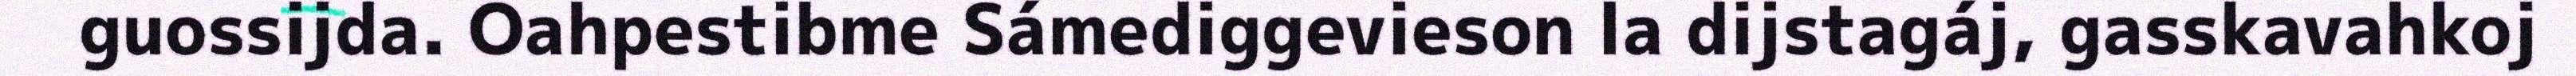
guossijda. Oahpestibme Sámediggevieson la dijstagáj, gasskavahkoj